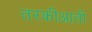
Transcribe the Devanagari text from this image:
तरकीआती